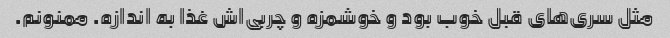
مثل سری‌های قبل خوب بود و خوشمزه و چربی‌اش غذا به اندازه. ممنونم.